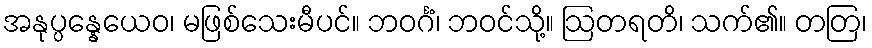
အနုပ္ပန္နေယေဝ၊ မဖြစ်သေးမီပင်။ ဘဝင်္ဂံ၊ ဘဝင်သို့။ ဩတရတိ၊ သက်၏။ တတြ၊